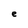
Character: e